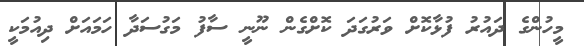
މީހުންގެ ދައުރު ފުޅާކޮށް ވަރުގަދަ ކޮށްގެން ނޫނީ ސާފު މަގުސަދާ ހަމައަށް ދިއުމަކީ